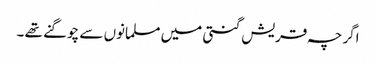
اگر چہ قریش گنتی میں مسلمانوں سے چوگنے تھے ۔